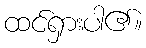
ထင်ရှားပါ၏။